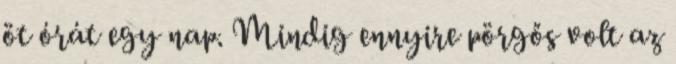
öt órát egy nap. Mindig ennyire pörgős volt az